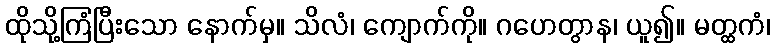
ထိုသို့ကြံပြီးသော နောက်မှ။ သိလံ၊ ကျောက်ကို။ ဂဟေတွာန၊ ယူ၍။ မတ္ထကံ၊